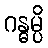
ဂန္ဓမ္ပိ